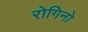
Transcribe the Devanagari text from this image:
रोगिनो